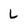
Character: L